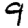
Digit: 9